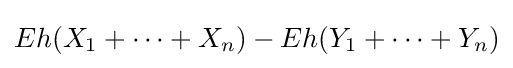
Eh(X_{1}+\cdots +X_{n})-Eh(Y_{1}+\cdots +Y_{n})